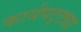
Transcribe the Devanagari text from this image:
कार्यपट्ट्या